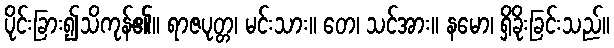
ပိုင်းခြား၍သိကုန်၏။ ရာဇပုတ္တ၊ မင်းသား။ တေ၊ သင်အား။ နမော၊ ရှိခိုးခြင်းသည်။